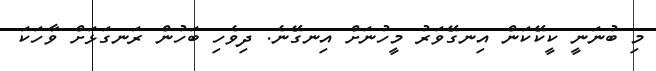
މި ބުނަނީ ކީކޭކަން އިނގޭވަރު މީހުނަށް އިނގޭނެ. ދިވެހި ބަހުން ރަނގަޅަށް ވާހަކަ